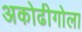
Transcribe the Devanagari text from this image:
अकोढीगोला